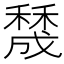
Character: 𥢲